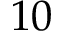
1 0